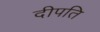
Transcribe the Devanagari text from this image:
दीपति